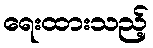
ရေးထားသည့်